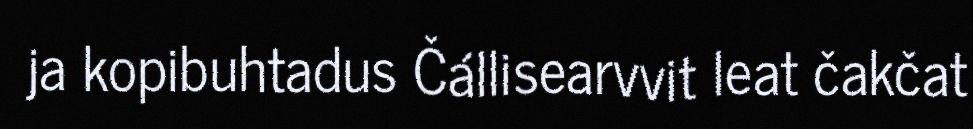
ja kopibuhtadus Čállisearvvit leat čakčat